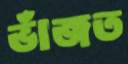
ভাঁজত